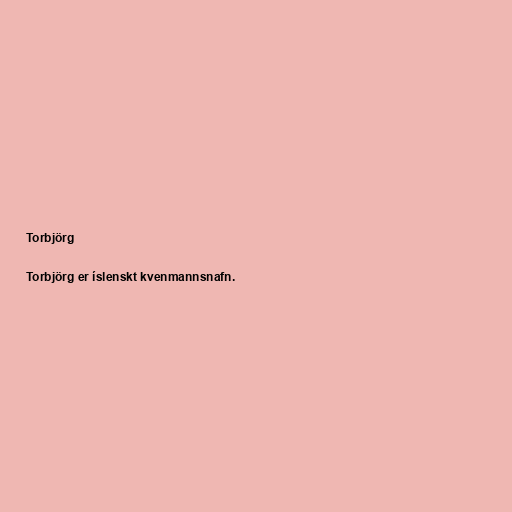
Torbjörg

Torbjörg er íslenskt kvenmannsnafn.